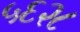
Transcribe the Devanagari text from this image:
५६२८